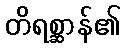
တိရစ္ဆာန်၏